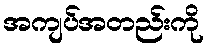
အကျပ်အတည်းကို